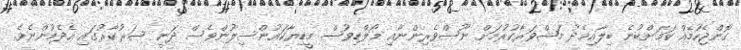
ގޮންޖެހުމެއް ކަމަށްބުނެ ބިލާއިމެދު މަޝްވަރާކުރުމަށް ނޫސްވެރިންނާއި މޯލްޑިވުސް މީޑިޔާކައުންސިލުންވެސް ދަނީ ސަރުކާރުގައި އެދެމުންނެވެ.